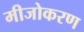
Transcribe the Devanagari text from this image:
मीजोकरण